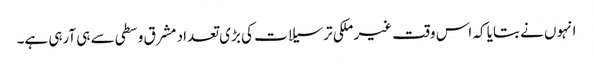
انہوں نے بتایا کہ اس وقت غیر ملکی ترسیلات کی بڑی تعداد مشرق وسطی سے ہی آرہی ہے۔